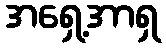
အရှေ့အာရှ